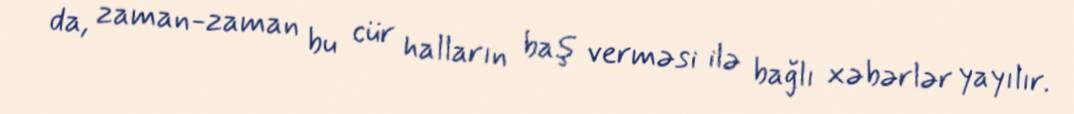
da, zaman-zaman bu cür halların baş verməsi ilə bağlı xəbərlər yayılır.